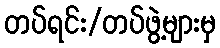
တပ်ရင်း/တပ်ဖွဲ့များမှ